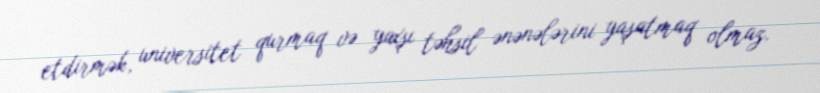
etdirmək, universitet qurmaq və yaxşı təhsil ənənələrini yaşatmaq olmaz.